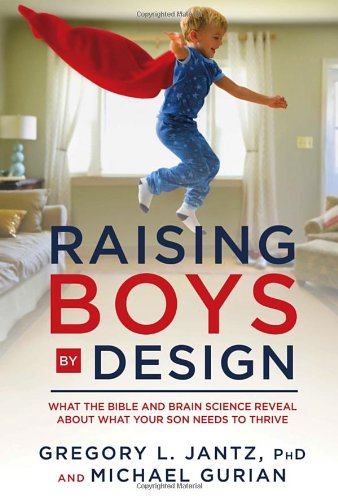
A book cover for Raising Boys by Design: What the Bible and Brain Science Reveal About What Your Son Needs to Thrive; Dr. Gregory L. Jantz; Parenting & Relationships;